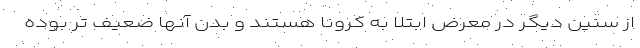
از سنین دیگر در معرض ابتلا به کرونا هستند و بدن آنها ضعیف تر بوده